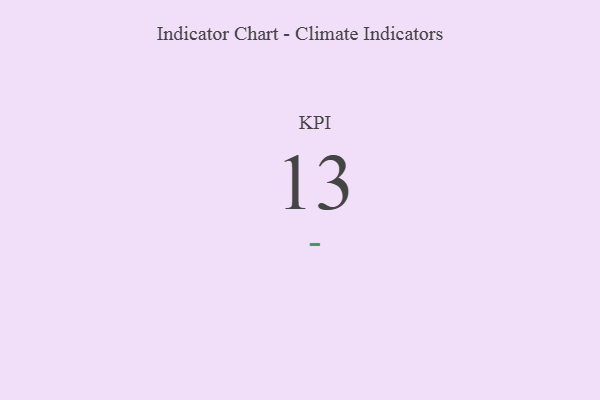
{"axis": {"x": "KPI", "y": "Value"}, "legend": [""], "data": [{"x": "KPI", "y": 13, "type": ""}]}